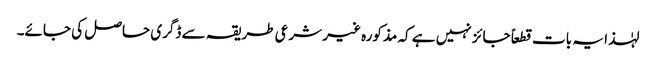
لہٰذا یہ بات قطعاً جائز نہیں ہے کہ مذکورہ غیر شرعی طریقہ سے ڈگری حاصل کی جائے۔